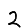
Digit: 2